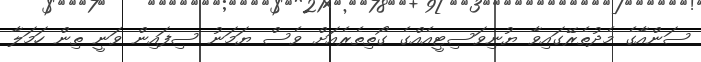
ސަންއާގެ މެދުތެރޭގައިވާ ޔުނިވަސިޓީއެއްގެ ގޯތިތެރެއަށް ވެސް ޔަމަނު ސިފައިން ވަނީ ތިން ހަމަލާ